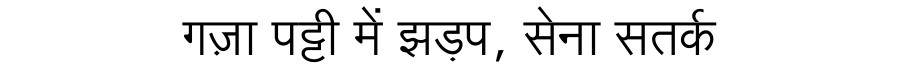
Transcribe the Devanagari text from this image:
गज़ा पट्टी में झड़प, सेना सतर्क